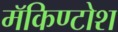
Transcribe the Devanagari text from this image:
मॅकिण्टोश